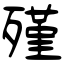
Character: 殣